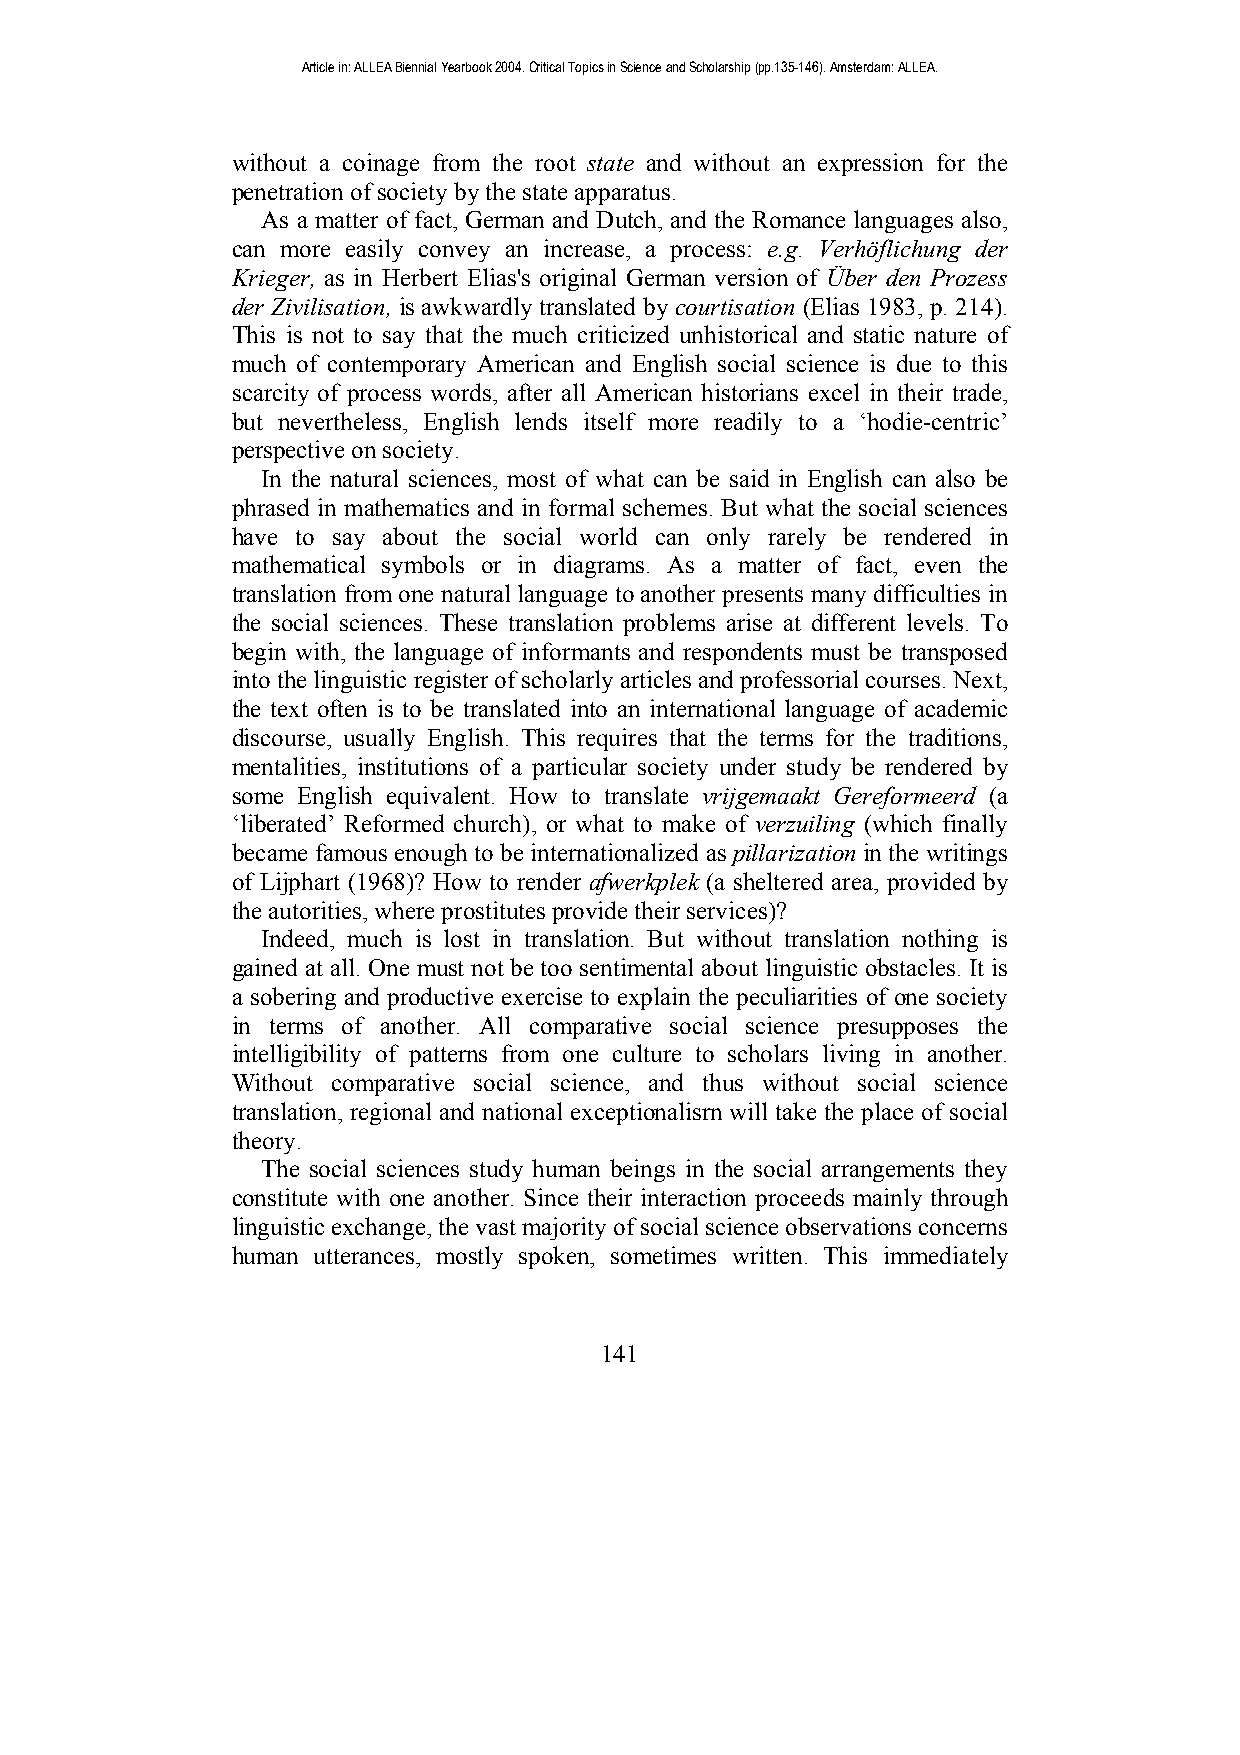
Article in: ALLEA Biennial Yearbook 2004. Critical Topics in Science and Scholarship (pp.135-146). Amsterdam: ALLEA.
 without a coinage from the root state and without an expression for the
 penetration of society by the state apparatus.
 As a matter of fact, German and Dutch, and the Romance languages also,
 can more easily convey an increase, a process: e.g. Verhöflichung der
 Krieger, as in Herbert Elias's original German version of Über den Prozess
 der Zivilisation, is awkwardly translated by courtisation (Elias 1983, p. 214).
 This is not to say that the much criticized unhistorical and static nature of
 much of contemporary American and English social science is due to this
 scarcity of process words, after all American historians excel in their trade,
 but nevertheless, English lends itself more readily to a ‘hodie-centric’
 perspective on society.
 In the natural sciences, most of what can be said in English can also be
 phrased in mathematics and in formal schemes. But what the social sciences
 have to say about the social world can only rarely be rendered in
 mathematical symbols or in diagrams. As a matter of fact, even the
 translation from one natural language to another presents many difficulties in
 the social sciences. These translation problems arise at different levels. To
 begin with, the language of informants and respondents must be transposed
 into the linguistic register of scholarly articles and professorial courses. Next,
 the text often is to be translated into an international language of academic
 discourse, usually English. This requires that the terms for the traditions,
 mentalities, institutions of a particular society under study be rendered by
 some English equivalent. How to translate vrijgemaakt Gereformeerd (a
 ‘liberated’ Reformed church), or what to make of verzuiling (which finally
 became famous enough to be internationalized as pillarization in the writings
 of Lijphart (1968)? How to render afwerkplek (a sheltered area, provided by
 the autorities, where prostitutes provide their services)?
 Indeed, much is lost in translation. But without translation nothing is
 gained at all. One must not be too sentimental about linguistic obstacles. It is
 a sobering and productive exercise to explain the peculiarities of one society
 in terms of another. All comparative social science presupposes the
 intelligibility of patterns from one culture to scholars living in another.
 Without comparative social science, and thus without social science
 translation, regional and national exceptionalisrn will take the place of social
 theory.
 The social sciences study human beings in the social arrangements they
 constitute with one another. Since their interaction proceeds mainly through
 linguistic exchange, the vast majority of social science observations concerns
 human utterances, mostly spoken, sometimes written. This immediately
 141